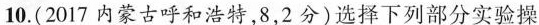
10.(2017内蒙古呼和浩特，8，2分)选择下列部分实验操